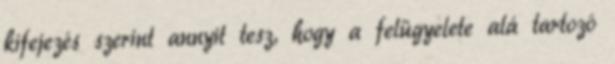
kifejezés szerint annyit tesz, hogy a felügyelete alá tartozó